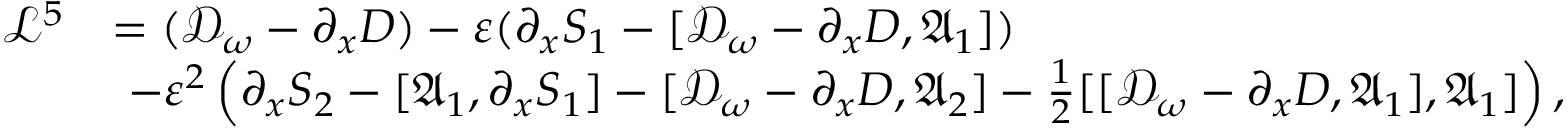
\begin{array} { r l } { \mathcal { L } ^ { 5 } } & { = ( \mathcal { D } _ { \omega } - \partial _ { x } D ) - \varepsilon ( \partial _ { x } S _ { 1 } - [ \mathcal { D } _ { \omega } - \partial _ { x } D , \mathfrak { A } _ { 1 } ] ) } \\ & { \ - \varepsilon ^ { 2 } \left( \partial _ { x } S _ { 2 } - [ \mathfrak { A } _ { 1 } , \partial _ { x } S _ { 1 } ] - [ \mathcal { D } _ { \omega } - \partial _ { x } D , \mathfrak { A } _ { 2 } ] - \frac { 1 } { 2 } [ [ \mathcal { D } _ { \omega } - \partial _ { x } D , \mathfrak { A } _ { 1 } ] , \mathfrak { A } _ { 1 } ] \right) , } \end{array}